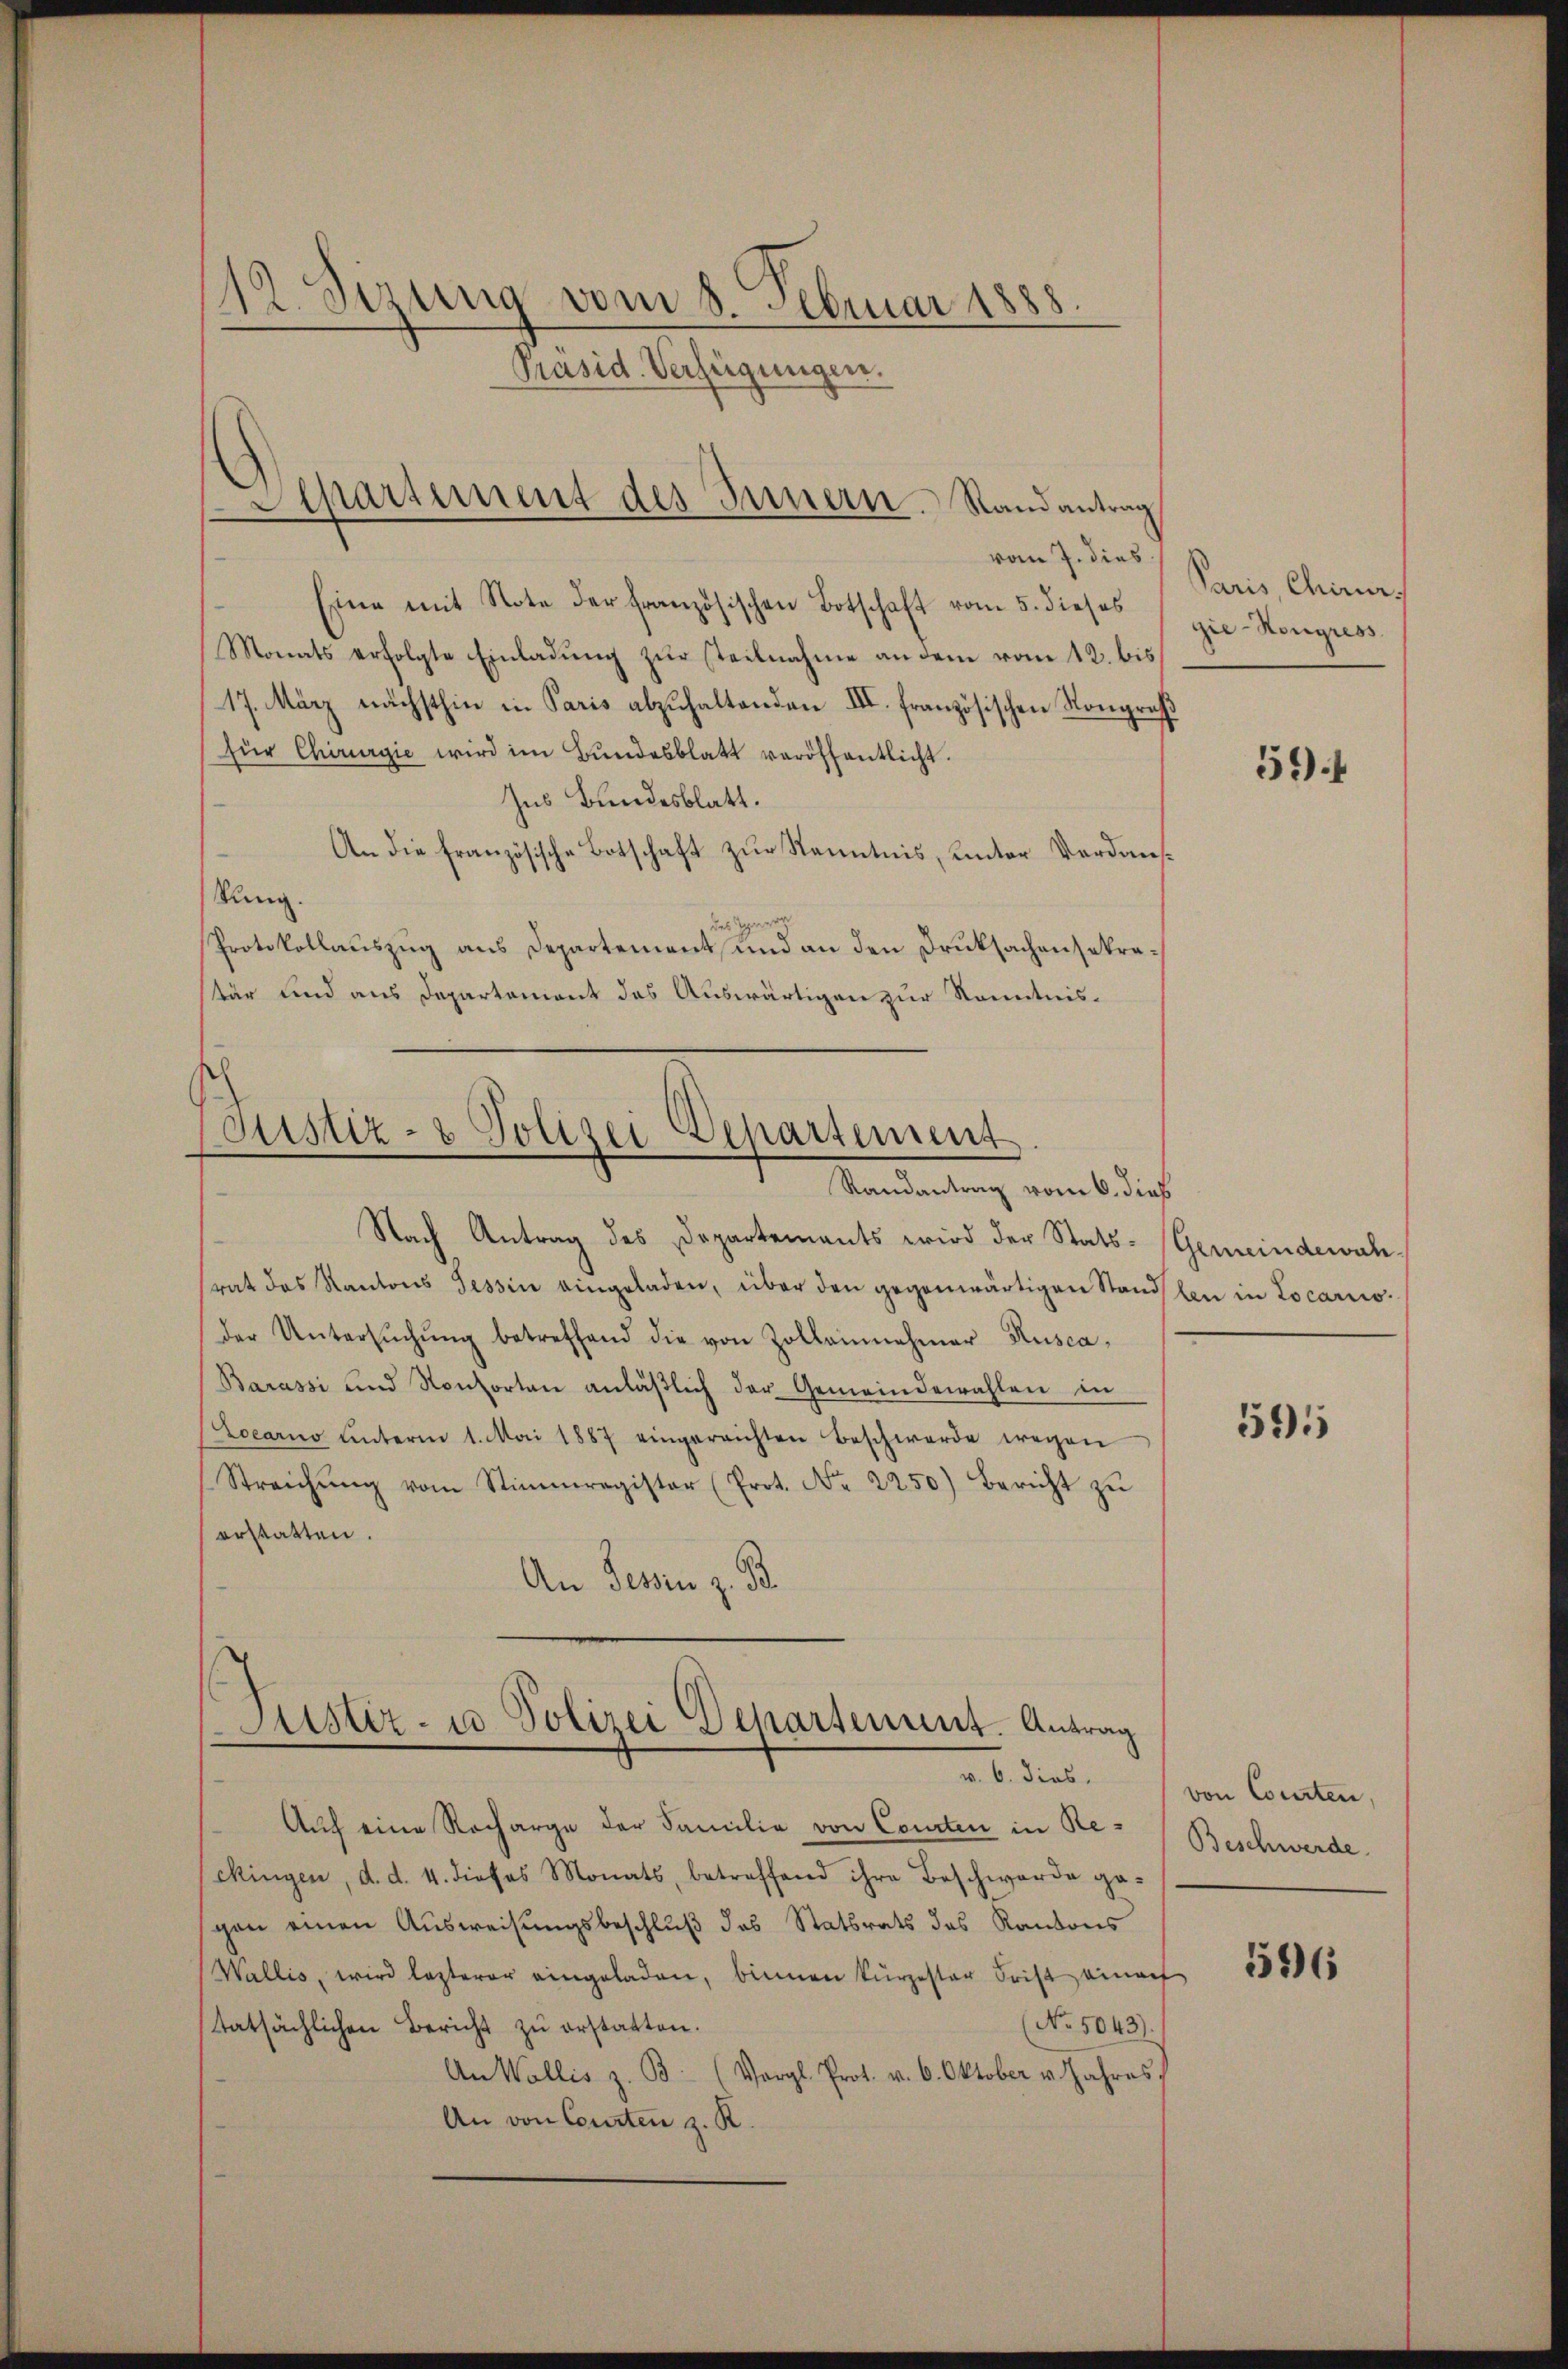
12. Sizung vom 8. Februar 1888.
Präsid. Verfügungen.

vom 7. dies
Eine mit Note der französischen Botschaft vom 5. dieses
Monats erfolgte Einladung zur steilnahme an dem vom 12. bis
17. März nächsthin in Paris abzuhaltenden III. französischen Kongreß
für Chirurgie wird im Bŭndesblatt veröffentlicht.
Ins Bundesblatt.
An die französische Botschaft zur Kenntnis, unter Vordanfkung.
des Herr
Protokollauszug aus Departement und an den Druksachensekretär und aus Departement das Auswärtigen zur Kenntnis¬

Separtement des Innern. Randantrag

Justiz- & Polizei Departement
I Staatsartung vorne bedieh
Nach Antrag des Departements wird der Stats-Gemeindewah¬

rat das Kantons Tessin eingeladen, über den gegenwärtigen Stand den in Locario
der Untersŭchŭng betreffend die von Zollannehmer Rusca-
Barassi und Konsorten anläßlich der Gemeindewahlen in
ocarno unterm 1. Mai 1887 eingereichten Beschwerde wegen
Streichŭng vom Stimmregister (Prot. No. 2250) Bericht zŭ
erstatten.
An Tessin z. B.

Justiz- u Polizei Departement. Antrag
v. 6. dies

Auch eine Recharge der Familie von Courten in Reckingen, d. d. 4. dieses Monats, betreffend ihre Beschwerde gegen einen Ausweisungsbeschluß des Statsrats des Kantons
Wallis, wird lezterer eingeladen, binnen kurzester Frist einauf
(No. 5043).
tatsächlichen Bericht zu erstatten.
An Wallis z. B. (Vergl. Prot. v. 6. Oktober v. Jahres
An von Courten z. R.

Paris, Chirurg
gie-Hongress

594

595

von Courten,
Beschwerde.

596